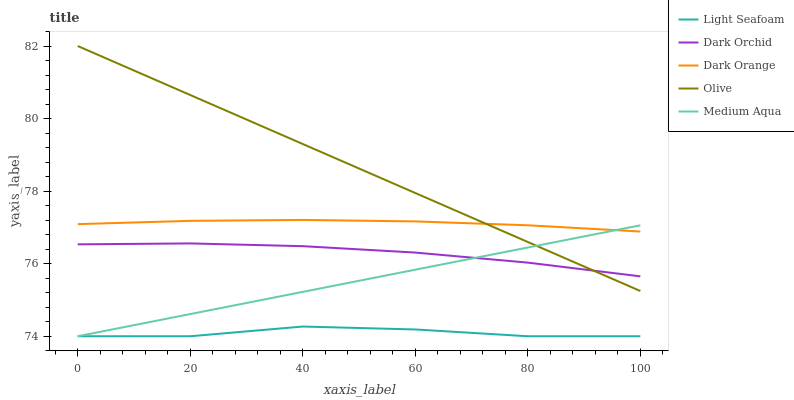
| xaxis_label | Light Seafoam | Dark Orchid | Dark Orange | Olive | Medium Aqua |
 | --- | --- | --- | --- | --- | --- |
 | 0 | 74 | 76.5 | 77.1 | 82 | 74 |
 | 20 | 74 | 76.6 | 77.2 | 80.6 | 74.6 |
 | 40 | 74.3 | 76.5 | 77.2 | 79.3 | 75.2 |
 | 60 | 74.2 | 76.3 | 77.2 | 77.9 | 75.8 |
 | 80 | 74 | 76 | 77.1 | 76.6 | 76.4 |
 | 100 | 74 | 75.7 | 76.9 | 75.2 | 77.1 |